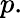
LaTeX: p.